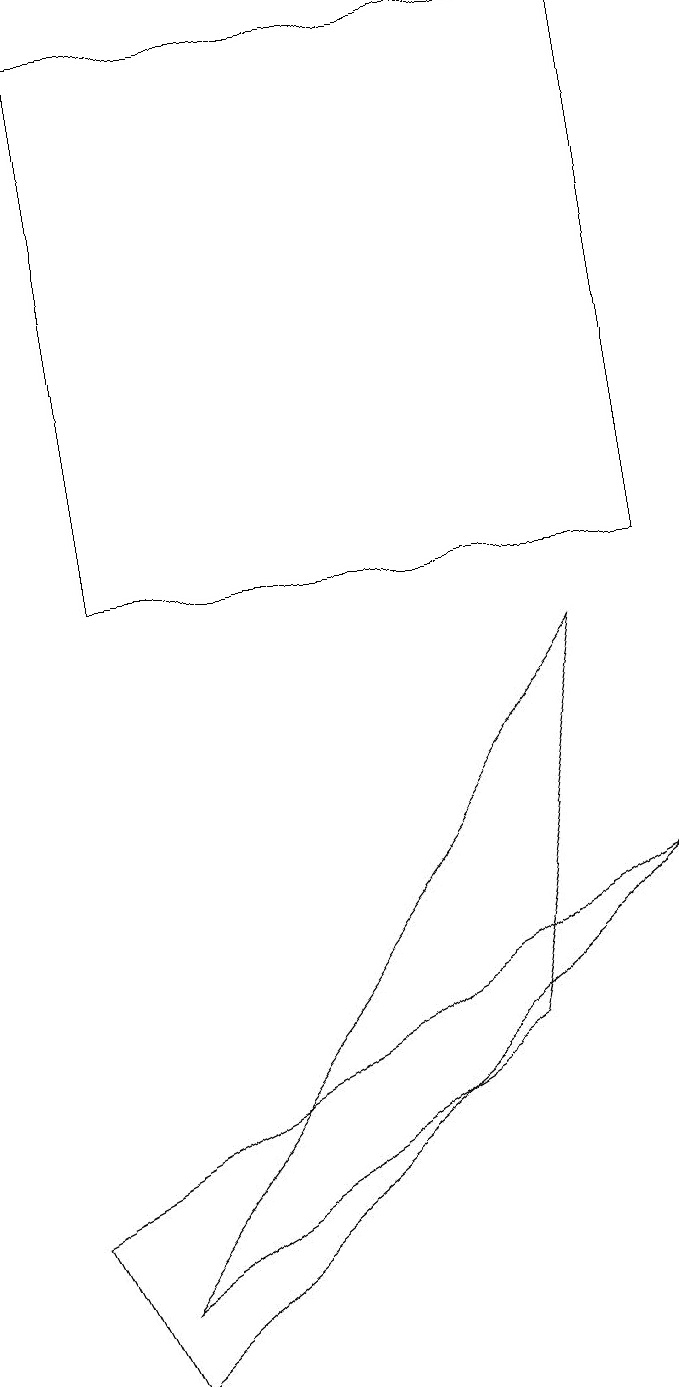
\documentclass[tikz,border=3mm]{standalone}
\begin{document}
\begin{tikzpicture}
\draw (8,6) -- (0,2) -- (1,0) -- cycle;
\draw (6,4) -- (7,9) -- (1,1) -- cycle;
\draw (8,10) rectangle (1,17);
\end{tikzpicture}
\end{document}